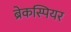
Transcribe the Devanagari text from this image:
ब्रेकस्पियर